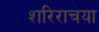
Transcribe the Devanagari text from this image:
शरिराचया